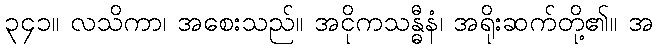
၃၄၁။ လသိကာ၊ အစေးသည်။ အငိုကသန္ဓီနံ၊ အရိုးဆက်တို့၏။ အ